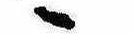
ゝ